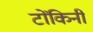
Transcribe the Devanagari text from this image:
टोंकिनी